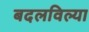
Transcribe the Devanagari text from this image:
बदलविल्या